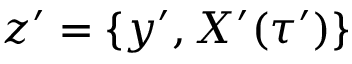
z ^ { \prime } = \{ y ^ { \prime } , X ^ { \prime } ( \tau ^ { \prime } ) \}